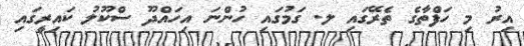
އިރު މި ހަފްތާގެ ތެރޭގައި ލ. ގަމުގައި ހުންނަ އިހައްދޫ ސްކޫލު ކައިރީގައި